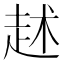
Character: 𧺶